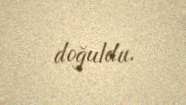
doğuldu.